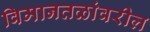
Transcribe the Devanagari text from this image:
विमानतळांवरील